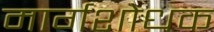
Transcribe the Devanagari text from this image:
मार्गशोधक